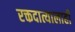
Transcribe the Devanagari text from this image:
रक्तदात्यालाही